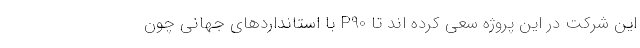
این شرکت در این پروژه سعی کرده اند تا P90 با استانداردهای جهانی چون